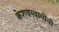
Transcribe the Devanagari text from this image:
केशवस्वामींची